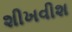
શીખવીશ